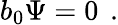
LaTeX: b_{0}\Psi=0\left.\right.\ .